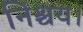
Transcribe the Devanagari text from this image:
निश्चय।